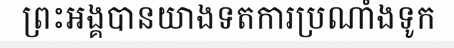
ព្រះអង្គបានយាងទតការប្រណាំងទូក